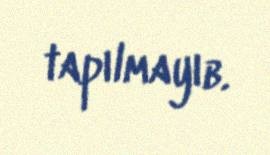
tapılmayıb.